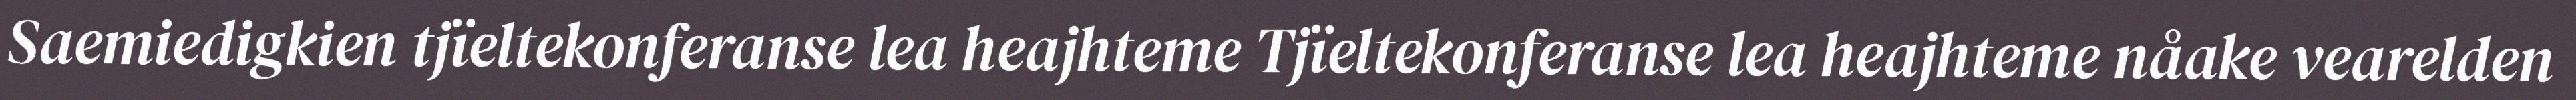
Saemiedigkien tjïeltekonferanse lea heajhteme Tjïeltekonferanse lea heajhteme nåake vearelden